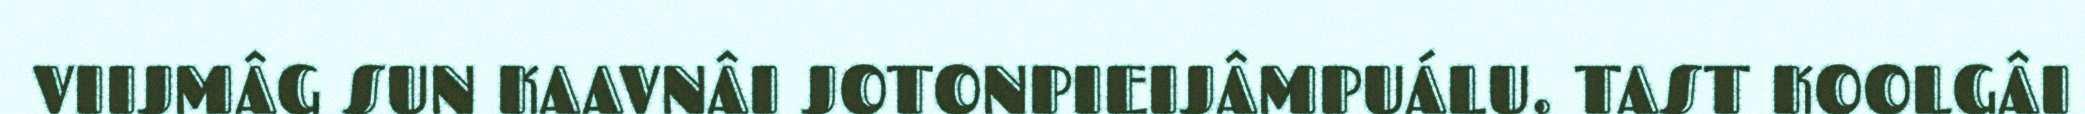
VIIJMÂG SUN KAAVNÂI JOTONPIEIJÂMPUÁLU. TAST KOOLGÂI